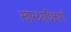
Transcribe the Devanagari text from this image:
स्वास्थ्यधिकारी